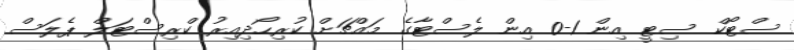
ސްޓޯކް ސިޓީ އިން 1-0 އިން ލެސްޓާގެ މައްޗަށް ކުރިހޯދިއިރު ކްރިސްޓަލް ޕެލަސް